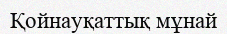
Қойнауқаттық мұнай